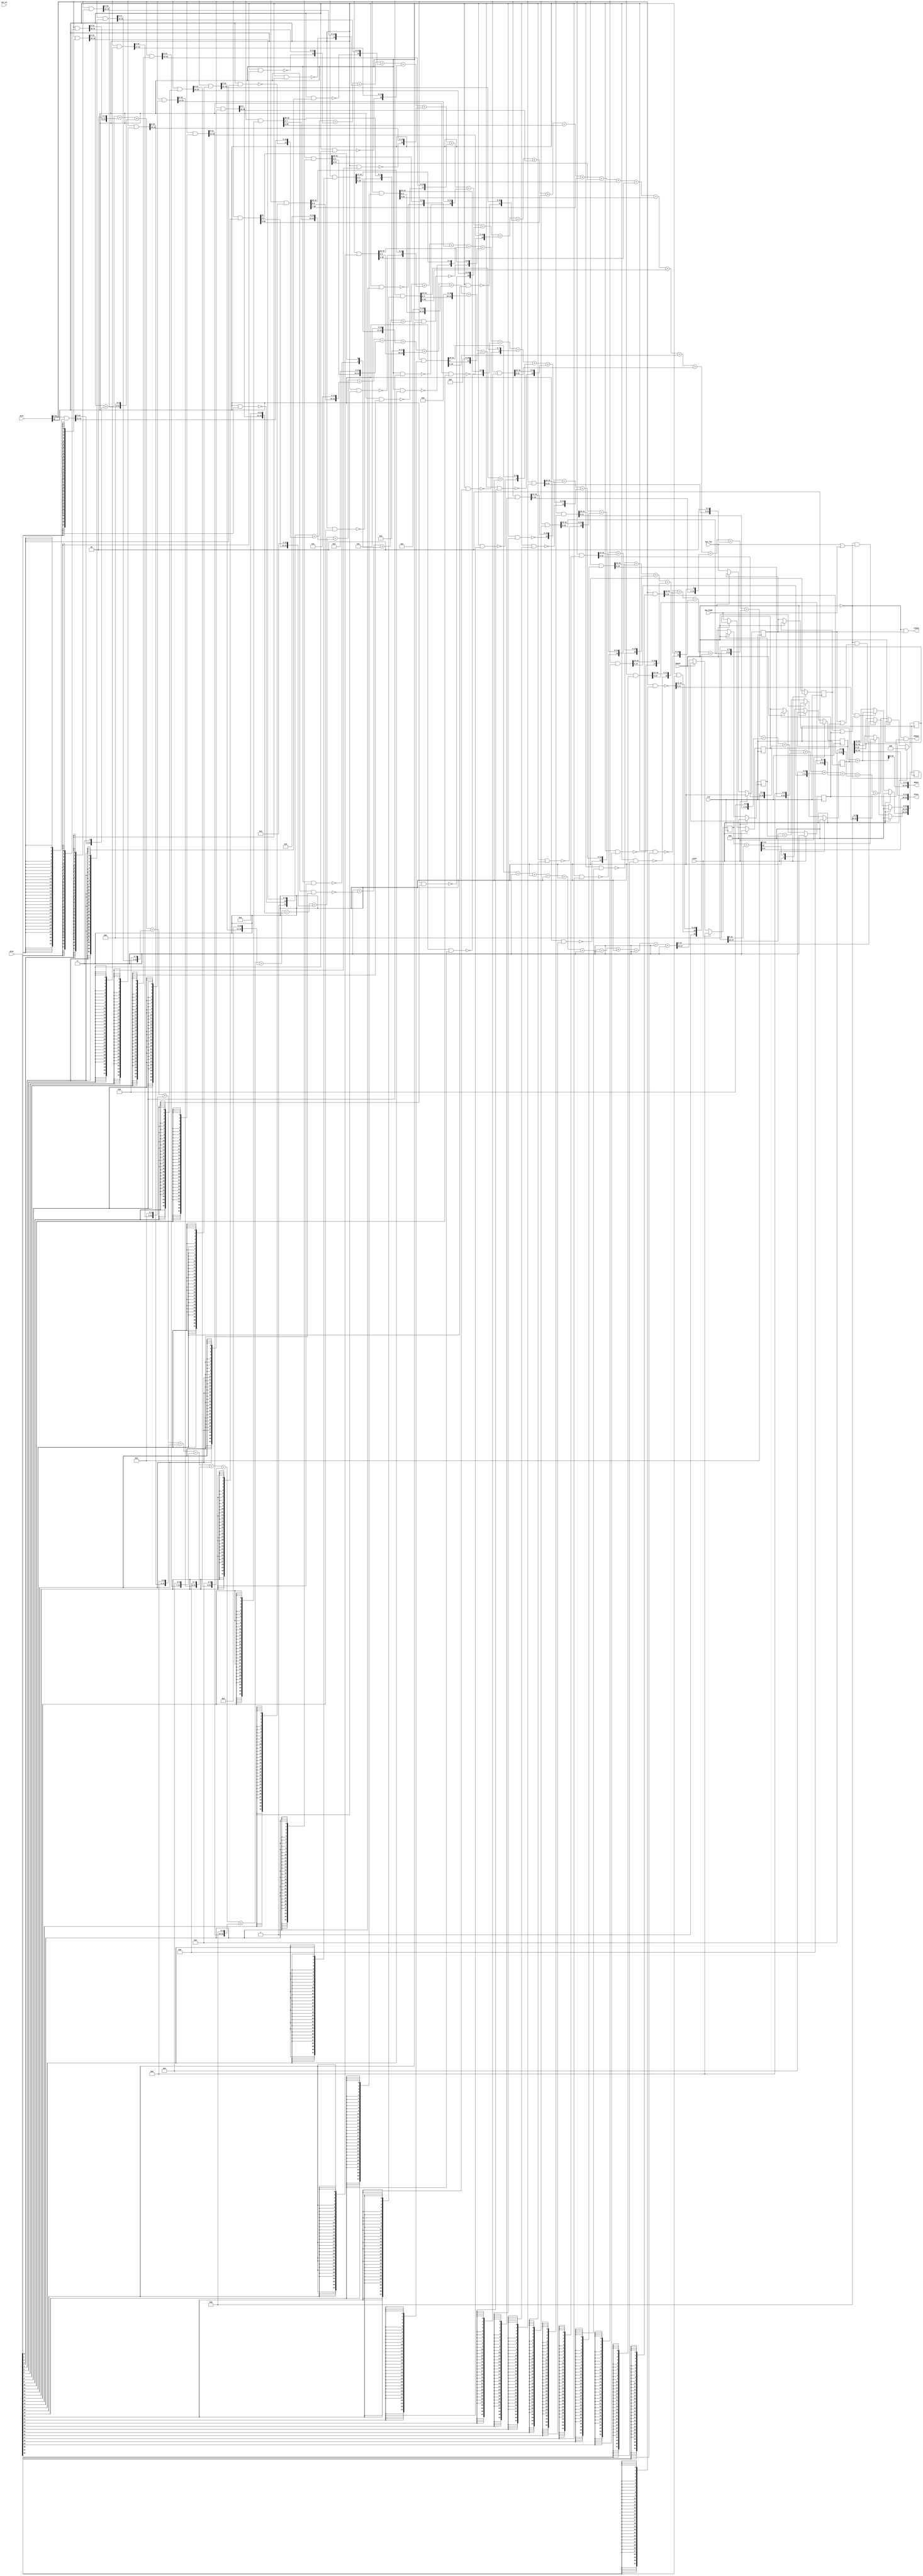
module mul_old#(
	parameter PWIDTH  = 32'd22,
	parameter PWIDTH1 = 32'd44
)(
	input clk,
	input reset,
	input pause,
	
	input mul_en,
	input mac_low,
	input mac_high,
	input [32:0] din1,
	input [32:0] din2,
	
	// output [65:0] test,
	
	output [31:0] dlout,
	output [31:0] dhout,
	output vldout,
	output vhdout
);
	
	wire wire_en = (mac_low | mac_high) ;
	
	wire acc_en = wire_en & !mul_en ;
	
	reg [65:0] reg_data;
	
	wire [PWIDTH-1:0] old_data = {PWIDTH{1'b0}} ;
	
	wire [33:00] pp01 = { 1'b1, ~(din1[32] & din2[00]), ( din1[31:0] & {32{din2[00]}} ) };
	wire [33:01] pp02 = { ~(din1[32] & din2[01]), (din1[31:0] & {32{din2[01]}}) };
	wire [34:02] pp03 = { ~(din1[32] & din2[02]), (din1[31:0] & {32{din2[02]}}) };
	wire [35:03] pp04 = { ~(din1[32] & din2[03]), (din1[31:0] & {32{din2[03]}}) };
	wire [36:04] pp05 = { ~(din1[32] & din2[04]), (din1[31:0] & {32{din2[04]}}) };
	wire [37:05] pp06 = { ~(din1[32] & din2[05]), (din1[31:0] & {32{din2[05]}}) };
	wire [38:06] pp07 = { ~(din1[32] & din2[06]), (din1[31:0] & {32{din2[06]}}) };
	wire [39:07] pp08 = { ~(din1[32] & din2[07]), (din1[31:0] & {32{din2[07]}}) };
	wire [40:08] pp09 = { ~(din1[32] & din2[08]), (din1[31:0] & {32{din2[08]}}) };
	wire [41:09] pp10 = { ~(din1[32] & din2[09]), (din1[31:0] & {32{din2[09]}}) };
	wire [42:10] pp11 = { ~(din1[32] & din2[10]), (din1[31:0] & {32{din2[10]}}) };
	wire [43:11] pp12 = { ~(din1[32] & din2[11]), (din1[31:0] & {32{din2[11]}}) };
	wire [44:12] pp13 = { ~(din1[32] & din2[12]), (din1[31:0] & {32{din2[12]}}) };
	wire [45:13] pp14 = { ~(din1[32] & din2[13]), (din1[31:0] & {32{din2[13]}}) };
	wire [46:14] pp15 = { ~(din1[32] & din2[14]), (din1[31:0] & {32{din2[14]}}) };
	wire [47:15] pp16 = { ~(din1[32] & din2[15]), (din1[31:0] & {32{din2[15]}}) };
	wire [48:16] pp17 = { ~(din1[32] & din2[16]), (din1[31:0] & {32{din2[16]}}) };
	wire [49:17] pp18 = { ~(din1[32] & din2[17]), (din1[31:0] & {32{din2[17]}}) };
	wire [50:18] pp19 = { ~(din1[32] & din2[18]), (din1[31:0] & {32{din2[18]}}) };
	wire [51:19] pp20 = { ~(din1[32] & din2[19]), (din1[31:0] & {32{din2[19]}}) };
	wire [52:20] pp21 = { ~(din1[32] & din2[20]), (din1[31:0] & {32{din2[20]}}) };
	wire [53:21] pp22 = { ~(din1[32] & din2[21]), (din1[31:0] & {32{din2[21]}}) };
	wire [54:22] pp23 = { ~(din1[32] & din2[22]), (din1[31:0] & {32{din2[22]}}) };
	wire [55:23] pp24 = { ~(din1[32] & din2[23]), (din1[31:0] & {32{din2[23]}}) };
	wire [56:24] pp25 = { ~(din1[32] & din2[24]), (din1[31:0] & {32{din2[24]}}) };
	wire [57:25] pp26 = { ~(din1[32] & din2[25]), (din1[31:0] & {32{din2[25]}}) };
	wire [58:26] pp27 = { ~(din1[32] & din2[26]), (din1[31:0] & {32{din2[26]}}) };
	wire [59:27] pp28 = { ~(din1[32] & din2[27]), (din1[31:0] & {32{din2[27]}}) };
	wire [60:28] pp29 = { ~(din1[32] & din2[28]), (din1[31:0] & {32{din2[28]}}) };
	wire [61:29] pp30 = { ~(din1[32] & din2[29]), (din1[31:0] & {32{din2[29]}}) };
	wire [62:30] pp31 = { ~(din1[32] & din2[30]), (din1[31:0] & {32{din2[30]}}) };
	wire [63:31] pp32 = { ~(din1[32] & din2[31]), (din1[31:0] & {32{din2[31]}}) };
	wire [65:32] pp33 = { 1'b1, (din1[32] & din2[32]), ~(din1[31:0] & {32{din2[32]}}) };
	
	
	wire [65:0] p01 = { 32'd0, pp01        };    wire [65:0] p11 = { 23'd0, pp11, 10'd0 };    wire [65:0] p21 = { 13'd0, pp21, 20'd0 };    
	wire [65:0] p02 = { 32'd0, pp02, 01'd0 };    wire [65:0] p12 = { 22'd0, pp12, 11'd0 };    wire [65:0] p22 = { 12'd0, pp22, 21'd0 };    
	wire [65:0] p03 = { 31'd0, pp03, 02'd0 };    wire [65:0] p13 = { 21'd0, pp13, 12'd0 };    wire [65:0] p23 = { 11'd0, pp23, 22'd0 };    
	wire [65:0] p04 = { 30'd0, pp04, 03'd0 };    wire [65:0] p14 = { 20'd0, pp14, 13'd0 };    wire [65:0] p24 = { 10'd0, pp24, 23'd0 };    
	wire [65:0] p05 = { 29'd0, pp05, 04'd0 };    wire [65:0] p15 = { 19'd0, pp15, 14'd0 };    wire [65:0] p25 = { 09'd0, pp25, 24'd0 };    
	wire [65:0] p06 = { 28'd0, pp06, 05'd0 };    wire [65:0] p16 = { 18'd0, pp16, 15'd0 };    wire [65:0] p26 = { 08'd0, pp26, 25'd0 };    
	wire [65:0] p07 = { 27'd0, pp07, 06'd0 };    wire [65:0] p17 = { 17'd0, pp17, 16'd0 };    wire [65:0] p27 = { 07'd0, pp27, 26'd0 };    
	wire [65:0] p08 = { 26'd0, pp08, 07'd0 };    wire [65:0] p18 = { 16'd0, pp18, 17'd0 };    wire [65:0] p28 = { 06'd0, pp28, 27'd0 };    
	wire [65:0] p09 = { 25'd0, pp09, 08'd0 };    wire [65:0] p19 = { 15'd0, pp19, 18'd0 };    wire [65:0] p29 = { 05'd0, pp29, 28'd0 };    
	wire [65:0] p10 = { 24'd0, pp10, 09'd0 };    wire [65:0] p20 = { 14'd0, pp20, 19'd0 };    wire [65:0] p30 = { 04'd0, pp30, 29'd0 };    
	
	wire [65:0] p31 = { 03'd0, pp31, 30'd0 };
	wire [65:0] p32 = { 02'd0, pp32, 31'd0 };
	wire [65:0] p33 = {        pp33, 32'd0 };
	
	// assign test = p01 + p02 + p03 + p04 + p05 + p06 + p07 + p08 
	// +             p09 + p10 + p11 + p12 + p13 + p14 + p15 + p16 
	// +             p17 + p18 + p19 + p20 + p21 + p22 + p23 + p24 
	// +             p25 + p26 + p27 + p28 + p29 + p30 + p31 + p32 
	// +             p33 ;
	
	wire [PWIDTH+5:0] wire_sum11 = p01[PWIDTH-1:0] + p02[PWIDTH-1:0] + p03[PWIDTH-1:0] + p04[PWIDTH-1:0] + p05[PWIDTH-1:0] + p06[PWIDTH-1:0] + p07[PWIDTH-1:0] + p08[PWIDTH-1:0] 
	+                              p09[PWIDTH-1:0] + p10[PWIDTH-1:0] + p11[PWIDTH-1:0] + p12[PWIDTH-1:0] + p13[PWIDTH-1:0] + p14[PWIDTH-1:0] + p15[PWIDTH-1:0] + p16[PWIDTH-1:0] 
	+                              p17[PWIDTH-1:0] + p18[PWIDTH-1:0] + p19[PWIDTH-1:0] + p20[PWIDTH-1:0] + p21[PWIDTH-1:0] + p22[PWIDTH-1:0] + p23[PWIDTH-1:0] + p24[PWIDTH-1:0] 
	+                              p25[PWIDTH-1:0] + p26[PWIDTH-1:0] + p27[PWIDTH-1:0] + p28[PWIDTH-1:0] + p29[PWIDTH-1:0] + p30[PWIDTH-1:0] + p31[PWIDTH-1:0] + p32[PWIDTH-1:0] 
	+                              p33[PWIDTH-1:0] ;
	
	
	wire [PWIDTH1+5:PWIDTH] wire_sum12 = p01[PWIDTH1-1:PWIDTH] + p02[PWIDTH1-1:PWIDTH] + p03[PWIDTH1-1:PWIDTH] + p04[PWIDTH1-1:PWIDTH] + p05[PWIDTH1-1:PWIDTH] + p06[PWIDTH1-1:PWIDTH] + p07[PWIDTH1-1:PWIDTH] + p08[PWIDTH1-1:PWIDTH] 
	+                                    p09[PWIDTH1-1:PWIDTH] + p10[PWIDTH1-1:PWIDTH] + p11[PWIDTH1-1:PWIDTH] + p12[PWIDTH1-1:PWIDTH] + p13[PWIDTH1-1:PWIDTH] + p14[PWIDTH1-1:PWIDTH] + p15[PWIDTH1-1:PWIDTH] + p16[PWIDTH1-1:PWIDTH] 
	+                                    p17[PWIDTH1-1:PWIDTH] + p18[PWIDTH1-1:PWIDTH] + p19[PWIDTH1-1:PWIDTH] + p20[PWIDTH1-1:PWIDTH] + p21[PWIDTH1-1:PWIDTH] + p22[PWIDTH1-1:PWIDTH] + p23[PWIDTH1-1:PWIDTH] + p24[PWIDTH1-1:PWIDTH] 
	+                                    p25[PWIDTH1-1:PWIDTH] + p26[PWIDTH1-1:PWIDTH] + p27[PWIDTH1-1:PWIDTH] + p28[PWIDTH1-1:PWIDTH] + p29[PWIDTH1-1:PWIDTH] + p30[PWIDTH1-1:PWIDTH] + p31[PWIDTH1-1:PWIDTH] + p32[PWIDTH1-1:PWIDTH] 
	+                                    p33[PWIDTH1-1:PWIDTH] ;
	
	wire [65:PWIDTH1] wire_sum13 = p01[65:PWIDTH1] + p02[65:PWIDTH1] + p03[65:PWIDTH1] + p04[65:PWIDTH1] + p05[65:PWIDTH1] + p06[65:PWIDTH1] + p07[65:PWIDTH1] + p08[65:PWIDTH1] 
	+                              p09[65:PWIDTH1] + p10[65:PWIDTH1] + p11[65:PWIDTH1] + p12[65:PWIDTH1] + p13[65:PWIDTH1] + p14[65:PWIDTH1] + p15[65:PWIDTH1] + p16[65:PWIDTH1] 
	+                              p17[65:PWIDTH1] + p18[65:PWIDTH1] + p19[65:PWIDTH1] + p20[65:PWIDTH1] + p21[65:PWIDTH1] + p22[65:PWIDTH1] + p23[65:PWIDTH1] + p24[65:PWIDTH1] 
	+                              p25[65:PWIDTH1] + p26[65:PWIDTH1] + p27[65:PWIDTH1] + p28[65:PWIDTH1] + p29[65:PWIDTH1] + p30[65:PWIDTH1] + p31[65:PWIDTH1] + p32[65:PWIDTH1] 
	+                              p33[65:PWIDTH1] ;
	
	// assign test = wire_sum11 + {wire_sum12, {PWIDTH{1'b0}}} + {wire_sum13, {PWIDTH1{1'b0}}} ; 
	
	reg [PWIDTH +5:PWIDTH ] reg_sum11; always@(posedge clk) if (reset) reg_sum11 <= 0; else if (!pause) reg_sum11 <= wire_sum11[PWIDTH+5:PWIDTH] ;
	reg [PWIDTH1+5:PWIDTH ] reg_sum12; always@(posedge clk) if (reset) reg_sum12 <= 0; else if (!pause) reg_sum12 <= wire_sum12 ;
	reg [       65:PWIDTH1] reg_sum13; always@(posedge clk) if (reset) reg_sum13 <= 0; else if (!pause) reg_sum13 <= wire_sum13 ;
	
	reg reg_mul_en1  ; always@(posedge clk) if (reset) reg_mul_en1   <= 0; else if (!pause) reg_mul_en1   <= mul_en ;
	reg reg_mac_low1 ; always@(posedge clk) if (reset) reg_mac_low1  <= 0; else if (!pause) reg_mac_low1  <= mac_low ;
	reg reg_mac_high1; always@(posedge clk) if (reset) reg_mac_high1 <= 0; else if (!pause) reg_mac_high1 <= mac_high ;
	
// Stage 2
// --------------------------------------------------------------------------------------------------------------------------------------------
	
	wire [PWIDTH1+1:PWIDTH ] wire_sum21 = reg_sum11[PWIDTH +5:PWIDTH ] + reg_sum12[PWIDTH1-1:PWIDTH ] ;
	wire [       65:PWIDTH1] wire_sum22 = reg_sum12[PWIDTH1+5:PWIDTH1] + reg_sum13[       65:PWIDTH1] ;
	
	// assign test = reg_data[PWIDTH-1:0] + {wire_sum21, {PWIDTH{1'b0}}} + {wire_sum22, {PWIDTH1{1'b0}}} ; 
	
	reg [PWIDTH1+1:PWIDTH1] reg_sum21; always@(posedge clk) if (reset) reg_sum21 <= 0; else if (!pause) reg_sum21 <= wire_sum21[PWIDTH1+1:PWIDTH1] ;
	reg [       65:PWIDTH1] reg_sum22; always@(posedge clk) if (reset) reg_sum22 <= 0; else if (!pause) reg_sum22 <= wire_sum22[65:PWIDTH1] ;
	
	reg reg_mul_en2  ; always@(posedge clk) if (reset) reg_mul_en2   <= 0; else if (!pause) reg_mul_en2   <= reg_mul_en1 ;
	reg reg_mac_low2 ; always@(posedge clk) if (reset) reg_mac_low2  <= 0; else if (!pause) reg_mac_low2  <= reg_mac_low1 ;
	reg reg_mac_high2; always@(posedge clk) if (reset) reg_mac_high2 <= 0; else if (!pause) reg_mac_high2 <= reg_mac_high1 ;
	
// Stage 3
// --------------------------------------------------------------------------------------------------------------------------------------------
	
	wire [65:PWIDTH1] wire_sum31 = reg_sum21 + reg_sum22 ;
	
	wire wire_en1 = reg_mac_low1 | reg_mac_high1 ;
	wire wire_en2 = reg_mac_low2 | reg_mac_high2 ;
	
	always@(posedge clk) begin
		if (reset) reg_data[PWIDTH -1:0      ] <= 0; else if (!pause & wire_en  ) reg_data[PWIDTH -1:0      ] <= wire_sum11[PWIDTH -1:0      ] ;
		if (reset) reg_data[PWIDTH1-1:PWIDTH ] <= 0; else if (!pause & wire_en1 ) reg_data[PWIDTH1-1:PWIDTH ] <= wire_sum21[PWIDTH1-1:PWIDTH ] ;
		if (reset) reg_data[       65:PWIDTH1] <= 0; else if (!pause & wire_en2 ) reg_data[       65:PWIDTH1] <= wire_sum31[       65:PWIDTH1] ;
	end
	
	assign dlout = { wire_sum21[31:PWIDTH],  reg_data[PWIDTH -1:0 ] };
	assign dhout = { wire_sum31[65:PWIDTH1], reg_data[PWIDTH1-1:32] };
	
	assign vldout = !pause & reg_mac_low1 ; 
	assign vhdout = !pause & reg_mac_high2 ;
	
endmodule